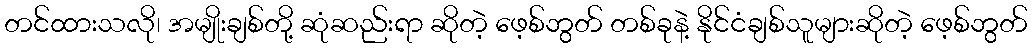
တင်ထားသလို၊ အမျိုးချစ်တို့ ဆုံဆည်းရာ ဆိုတဲ့ ဖေ့စ်ဘွတ် တစ်ခုနဲ့ နိုင်ငံချစ်သူများဆိုတဲ့ ဖေ့စ်ဘွတ်